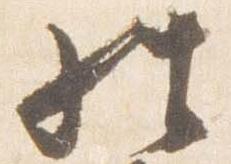
経